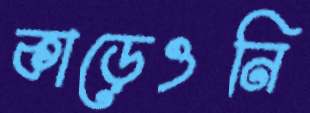
কাড়েওনি